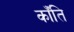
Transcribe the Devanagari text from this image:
काँति